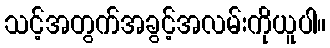
သင့်အတွက်အခွင့်အလမ်းကိုယူပါ။